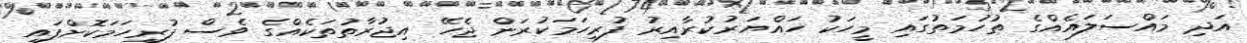
އަދި މައްސަލައެއްގެ ތުހުމަތުގައި މީހަކު ހައްޔަރުކުރާއިރު ފުރިހަމަކުރަން ޖެހޭ އިޖުރާތުތަކެއްގެ ވެސް ފުރިހަމަކޮށްފައި